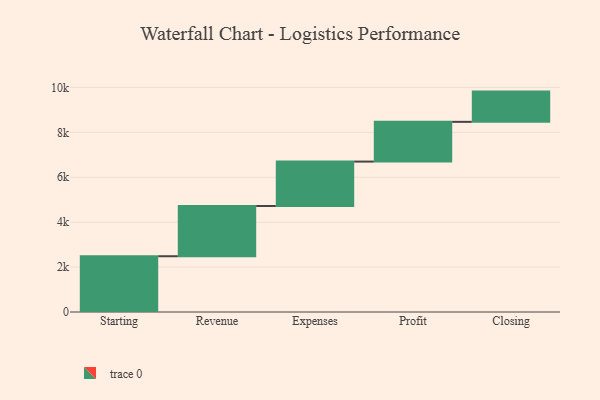
{"axis": {"x": "Step", "y": "Value"}, "legend": [""], "data": [{"x": "Starting", "y": 2483.0, "type": ""}, {"x": "Revenue", "y": 2237.0, "type": ""}, {"x": "Expenses", "y": 1978.0, "type": ""}, {"x": "Profit", "y": 1770.0, "type": ""}, {"x": "Closing", "y": 1347.0, "type": ""}]}